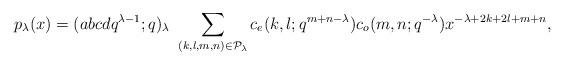
LaTeX: \begin{align*}p_\lambda(x)=(abcdq^{\lambda-1};q)_\lambda \,\,\sum_{(k,l,m,n)\in {\mathcal P}_\lambda} c_e(k,l;q^{m+n-\lambda}) c_o(m,n;q^{-\lambda})x^{-\lambda+2k+2l+m+n},\end{align*}